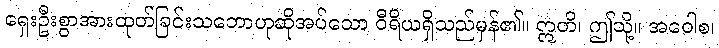
ရှေးဦးစွာအားထုတ်ခြင်းသဘောဟုဆိုအပ်သော ဝီရိယရှိသည်မှန်၏။ ဣတိ၊ ဤသို့။ အဝေါစ၊